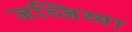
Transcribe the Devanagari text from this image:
जव्जिय्या